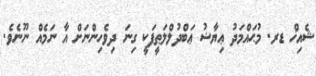
ޝެއިޚް ޑރ. މުޙައްމަދު ޢިޔާޟު ޢަބްދުލްލަޠީފަކީ ގިނަ ދިވެހިންނަށް އާ ނަމެއް ނޫނެވެ.